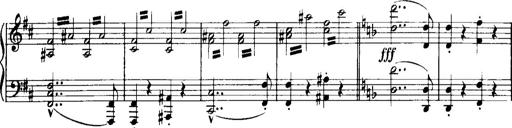
Title: Historische ungarische Bildnisse
Composer: Franz Liszt